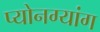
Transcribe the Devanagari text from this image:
प्योनग्यांग